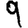
Digit: 9